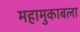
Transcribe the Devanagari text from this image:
महामुकाबला